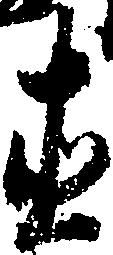
直